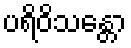
ပရိဝိသန္တော